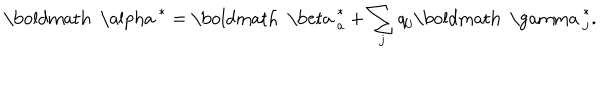
LaTeX: { \mathrm { \boldmath ~ \ a l p h a ~ } } ^ { * } = { \mathrm { \boldmath ~ \ b e t a ~ } } _ { a } ^ { * } + \sum _ { j } q _ { j } { \mathrm { \boldmath ~ \ g a m m a ~ } } _ { j } ^ { * } .